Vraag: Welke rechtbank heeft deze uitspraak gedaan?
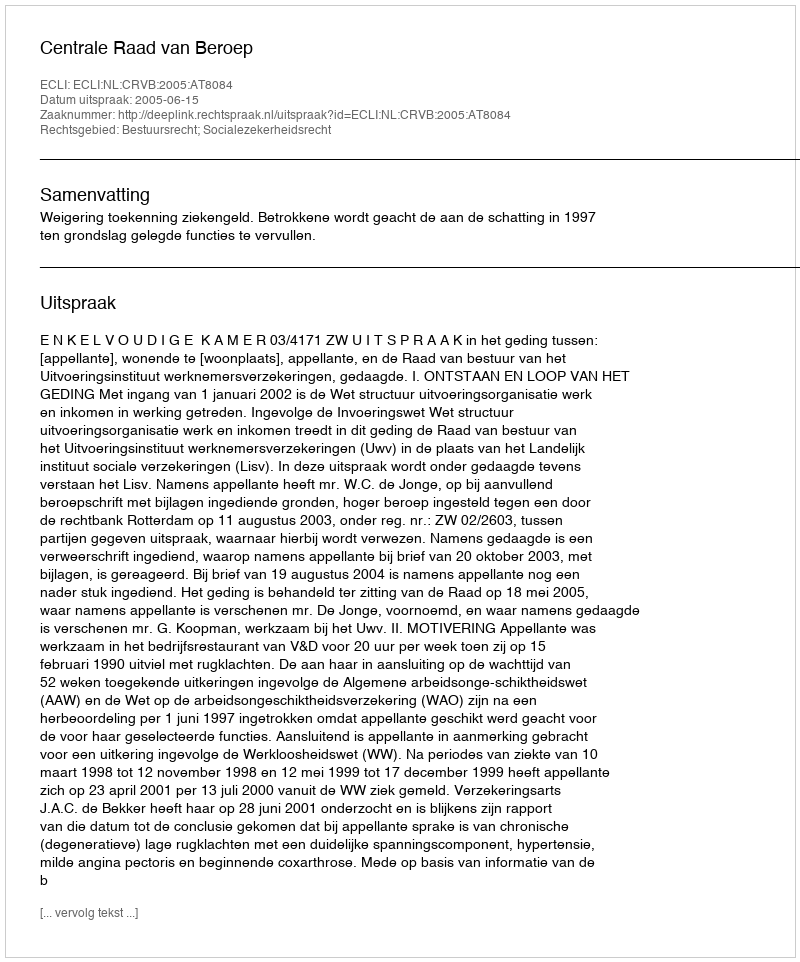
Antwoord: Centrale Raad van Beroep